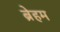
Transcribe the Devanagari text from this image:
ब्रेहम